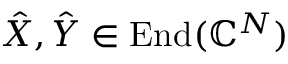
\hat { X } , \hat { Y } \in \operatorname { E n d } ( \mathbb { C } ^ { N } )